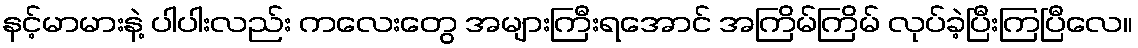
နင့်မာမားနဲ့ ပါပါးလည်း ကလေးတွေ အများကြီးရအောင် အကြိမ်ကြိမ် လုပ်ခဲ့ပြီးကြပြီလေ။